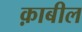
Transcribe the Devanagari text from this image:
क़ाबील